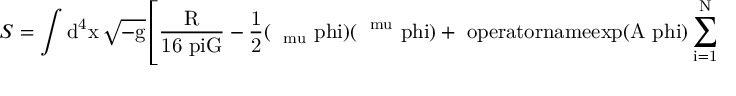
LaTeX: S = \int \mathrm { d ^ { 4 } x \, \sqrt { - g } \left[ \frac { R } { 1 6 \ p i G } - \frac { 1 } { 2 } ( \nabla _ { \ m u } \ p h i ) ( \nabla ^ { \ m u } \ p h i ) + \ o p e r a t o r n a m e { e x p } { ( A \ p h i ) } \sum _ { i = 1 } ^ { N } \bar { \ p s i } _ { i } \ g a m m a ^ { \ m u } \nabla _ { \ m u } \ p s i ^ { i } \right] \, , }